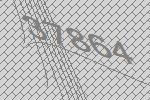
37864